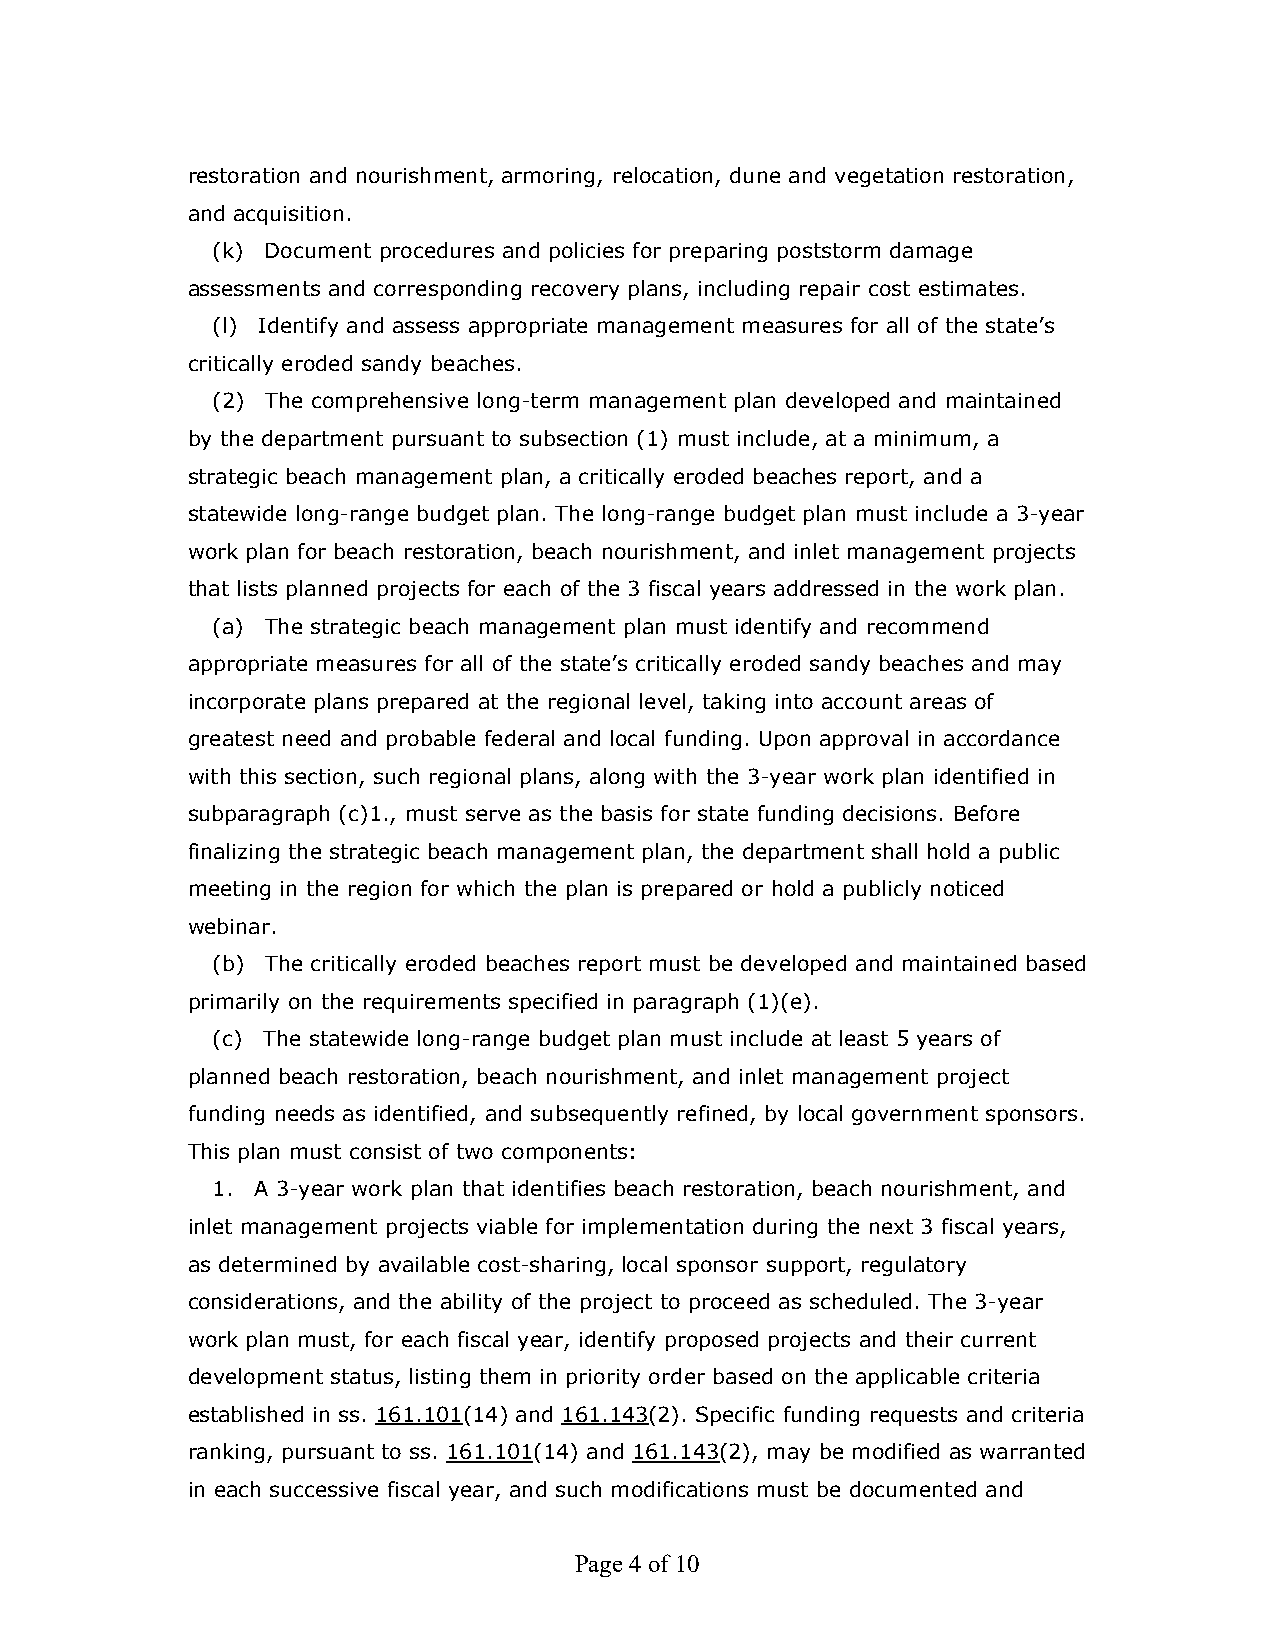
restoration and nourishment, armoring, relocation, dune and vegetation restoration,
 and acquisition.
 (k) Document procedures and policies for preparing poststorm damage
 assessments and corresponding recovery plans, including repair cost estimates.
 (l) Identify and assess appropriate management measures for all of the state’s
 critically eroded sandy beaches.
 (2) The comprehensive long-term management plan developed and maintained
 by the department pursuant to subsection (1) must include, at a minimum, a
 strategic beach management plan, a critically eroded beaches report, and a
 statewide long-range budget plan. The long-range budget plan must include a 3-year
 work plan for beach restoration, beach nourishment, and inlet management projects
 that lists planned projects for each of the 3 fiscal years addressed in the work plan.
 (a) The strategic beach management plan must identify and recommend
 appropriate measures for all of the state’s critically eroded sandy beaches and may
 incorporate plans prepared at the regional level, taking into account areas of
 greatest need and probable federal and local funding. Upon approval in accordance
 with this section, such regional plans, along with the 3-year work plan identified in
 subparagraph (c)1., must serve as the basis for state funding decisions. Before
 finalizing the strategic beach management plan, the department shall hold a public
 meeting in the region for which the plan is prepared or hold a publicly noticed
 webinar.
 (b) The critically eroded beaches report must be developed and maintained based
 primarily on the requirements specified in paragraph (1)(e).
 (c) The statewide long-range budget plan must include at least 5 years of
 planned beach restoration, beach nourishment, and inlet management project
 funding needs as identified, and subsequently refined, by local government sponsors.
 This plan must consist of two components:
 1. A 3-year work plan that identifies beach restoration, beach nourishment, and
 inlet management projects viable for implementation during the next 3 fiscal years,
 as determined by available cost-sharing, local sponsor support, regulatory
 considerations, and the ability of the project to proceed as scheduled. The 3-year
 work plan must, for each fiscal year, identify proposed projects and their current
 development status, listing them in priority order based on the applicable criteria
 established in ss. 161.101(14) and 161.143(2). Specific funding requests and criteria
 ranking, pursuant to ss. 161.101(14) and 161.143(2), may be modified as warranted
 in each successive fiscal year, and such modifications must be documented and
 Page 4 of 10